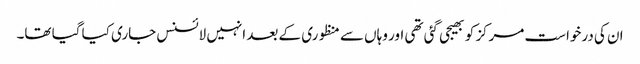
ان کی درخواست مرکز کو بھیجی گئی تھی اور وہاں سے منظوری کے بعد انہیں لائسنس جاری کیا گیا تھا۔